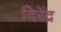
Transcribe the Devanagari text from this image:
दिरेंद्र